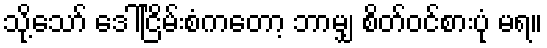
သို့သော် ဒေါ်ငြိမ်းစံကတော့ ဘာမျှ စိတ်ဝင်စားပုံ မရ။